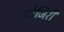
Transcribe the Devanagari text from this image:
होजिरी